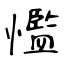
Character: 懢